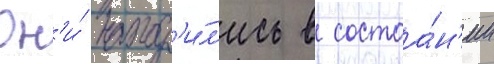
Он'и́ наход'и́л'ись в состоа́н'ии